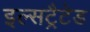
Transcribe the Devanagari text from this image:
इल्सट्रैटेड